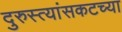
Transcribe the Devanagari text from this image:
दुरुस्त्यांसकटच्या